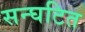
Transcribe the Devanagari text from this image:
सन्घटित